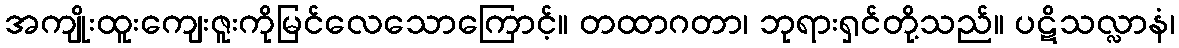
အကျိုးထူးကျေးဇူးကိုမြင်လေသောကြောင့်။ တထာဂတာ၊ ဘုရားရှင်တို့သည်။ ပဋိသလ္လာနံ၊